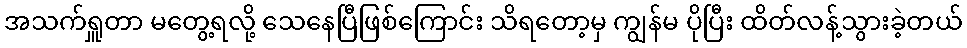
အသက်ရှူတာ မတွေ့ရလို့ သေနေပြီဖြစ်ကြောင်း သိရတော့မှ ကျွန်မ ပိုပြီး ထိတ်လန့်သွားခဲ့တယ်